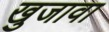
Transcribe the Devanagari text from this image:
खुजावा